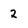
Character: 2